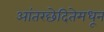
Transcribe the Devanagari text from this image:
आंतरछेदितेमधून